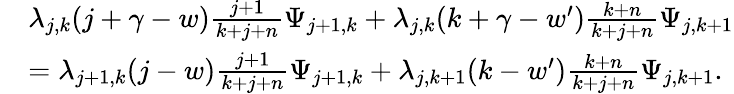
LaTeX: \begin{array}{rl}&{\lambda_{j,k}(j+\gamma-w)\frac{j+1}{k+j+n}\Psi_{j+1,k}+\lambda_{j,k}(k+\gamma-w^{\prime})\frac{k+n}{k+j+n}\Psi_{j,k+1}}\\ &{=\lambda_{j+1,k}(j-w)\frac{j+1}{k+j+n}\Psi_{j+1,k}+\lambda_{j,k+1}(k-w^{\prime})\frac{k+n}{k+j+n}\Psi_{j,k+1}.}\end{array}